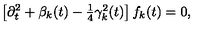
\left[ \partial _ { t } ^ { 2 } + \beta _ { k } ( t ) - \textstyle { \frac { 1 } { 4 } } \gamma _ { k } ^ { 2 } ( t ) \right] f _ { k } ( t ) = 0 ,